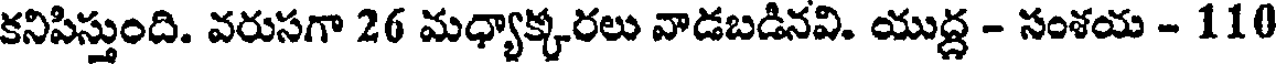
కనిపిస్తుంది. వరుసగా 26 మధ్యాక్కరలు వాడబడినవి. యుద్ధ - సంశయ - 110